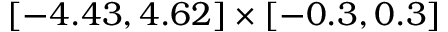
[ - 4 . 4 3 , 4 . 6 2 ] \times [ - 0 . 3 , 0 . 3 ]